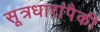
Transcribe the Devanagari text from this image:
सूत्रधारांपैकी